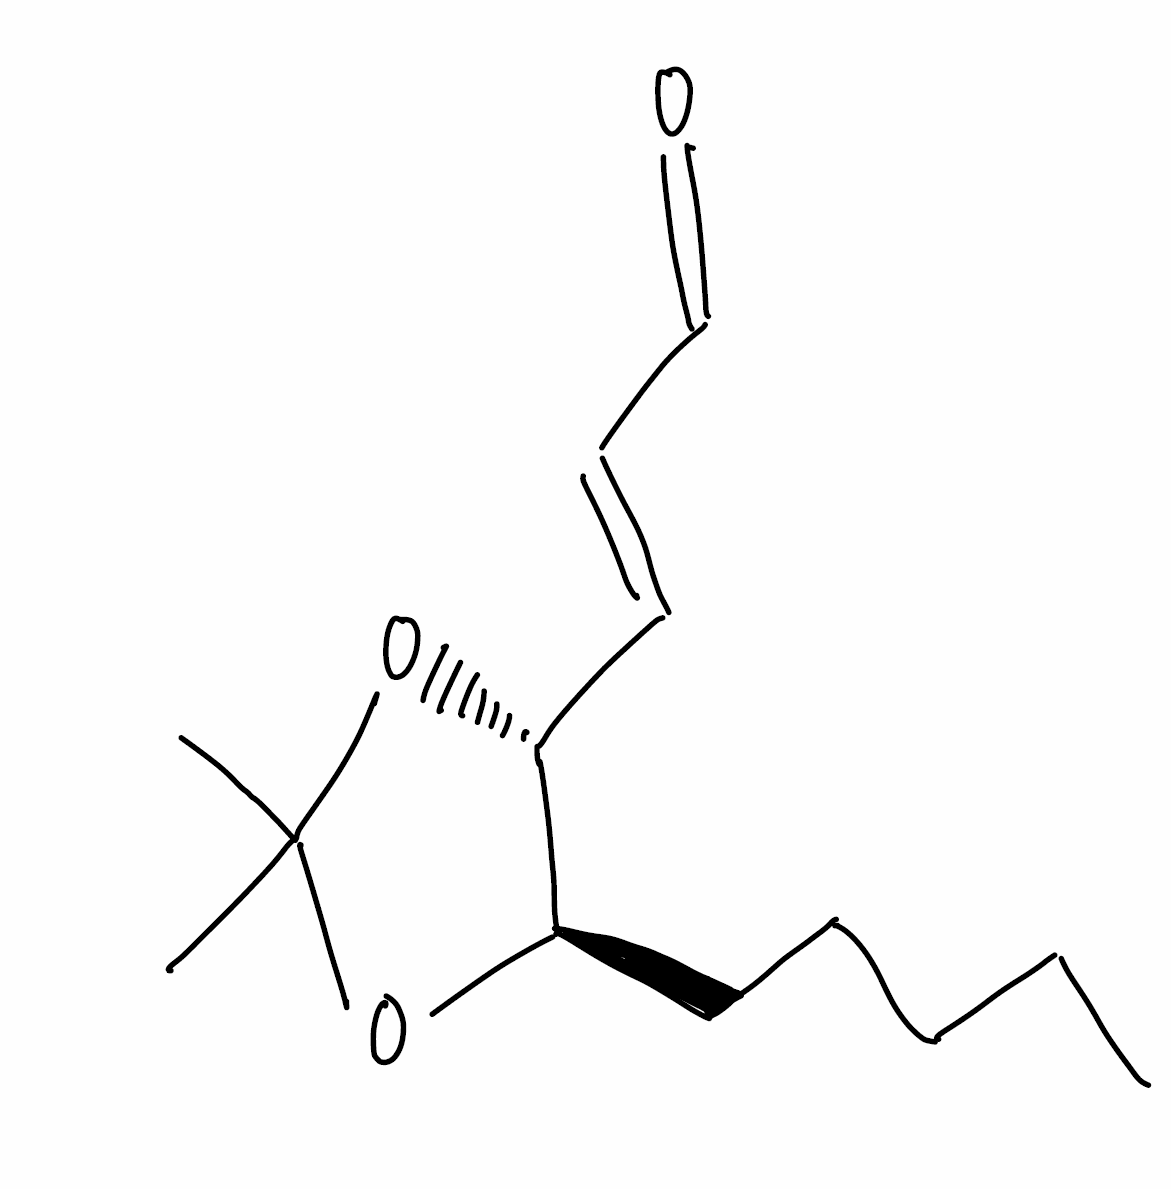
Simplified molecular-input line-entry system (SMILES) notation of the given molecule:
CCCCC[C@@H]1[C@H](OC(O1)(C)C)/C=C/C=O